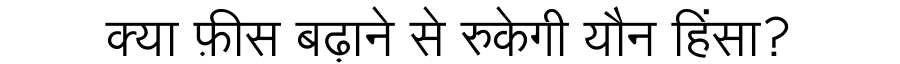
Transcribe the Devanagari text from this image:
क्या फ़ीस बढ़ाने से रुकेगी यौन हिंसा?